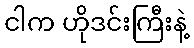
ငါက ဟိုဒင်းကြီးနဲ့